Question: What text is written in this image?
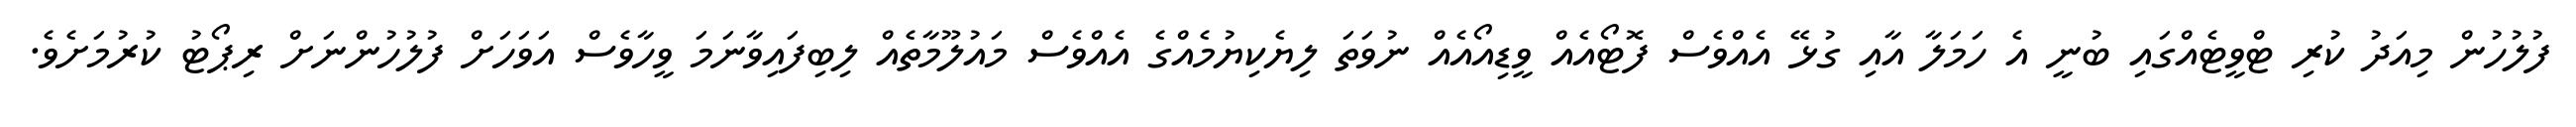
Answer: ފުލުހުން މިއަދު ކުރި ޓްވީޓެއްގައި ބުނީ އެ ހަމަލާ އާއި ގުޅޭ އެއްވެސް ފޮޓޯއެއް ވީޑިއޯއެއް ނުވަތަ ލިޔެކިޔުމެއްގެ އެއްވެސް މައުލޫމާތެއް ލިބިފައިވާނަމަ ވީހާވެސް އަވަހަށް ފުލުހުންނަށް ރިޕޯޓު ކުރުމަށެވެ.